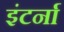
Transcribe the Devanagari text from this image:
इंटर्ना